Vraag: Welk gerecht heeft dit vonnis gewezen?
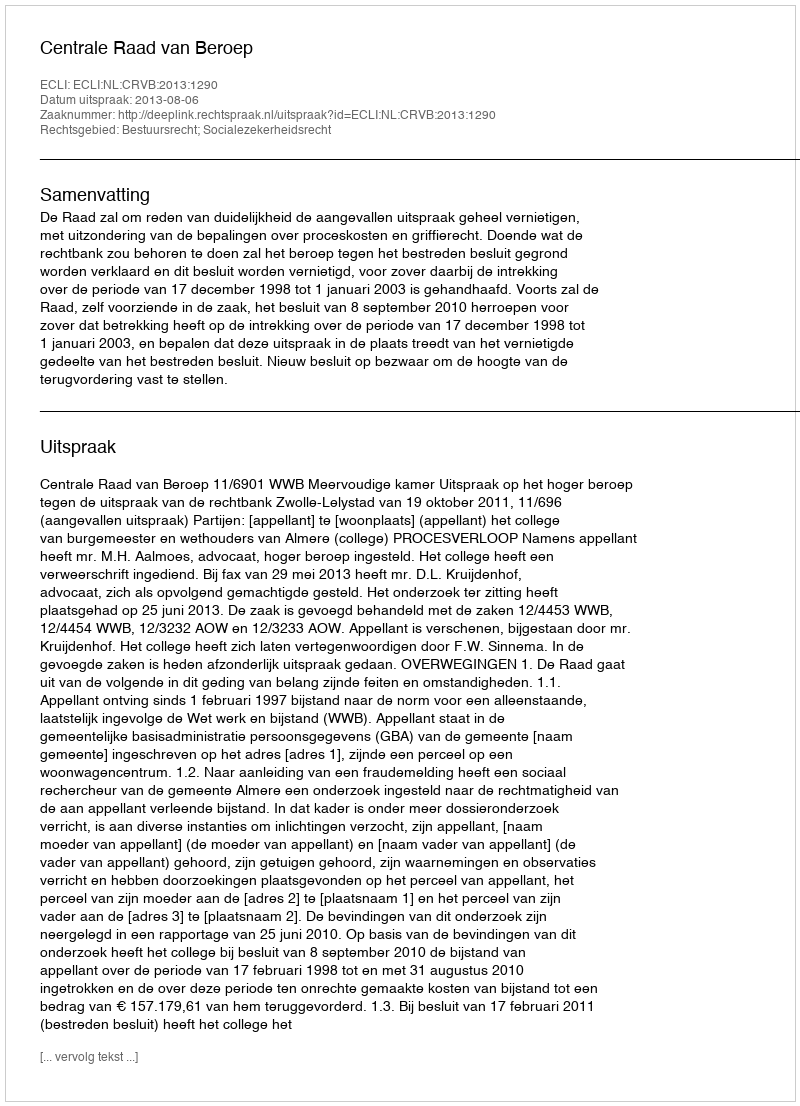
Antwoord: Centrale Raad van Beroep